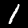
Label: 1